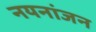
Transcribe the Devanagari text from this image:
नयनांजन